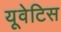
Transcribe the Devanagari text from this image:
यूवेटिस